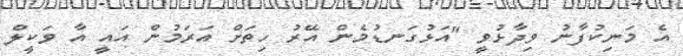
އެ މަނިކުފާނު ވިދާޅުވީ "އަޅުގަނޑުމެން އޭރު ހިތަށް އަރަމުން އައީ އާ ވަކީލް